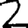
Digit: 2